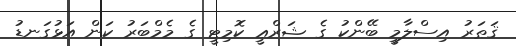
ޤަޠަރު އިސްލާމީ ބޭންކު ގެ ޝަރްޢީ ކޮމިޓީ ގެ މެމްބަރު ކަން އަޅުގަނޑު